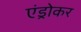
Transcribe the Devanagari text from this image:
एंड्रोकर